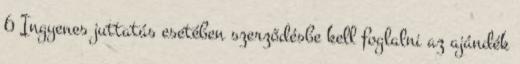
6 Ingyenes juttatás esetében szerződésbe kell foglalni az ajándék